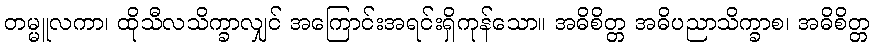
တမ္မူလကာ၊ ထိုသီလသိက္ခာလျှင် အကြောင်းအရင်းရှိကုန်သော။ အဓိစိတ္တ အဓိပညာသိက္ခာစ၊ အဓိစိတ္တ